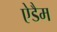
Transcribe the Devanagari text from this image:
ऐडैम